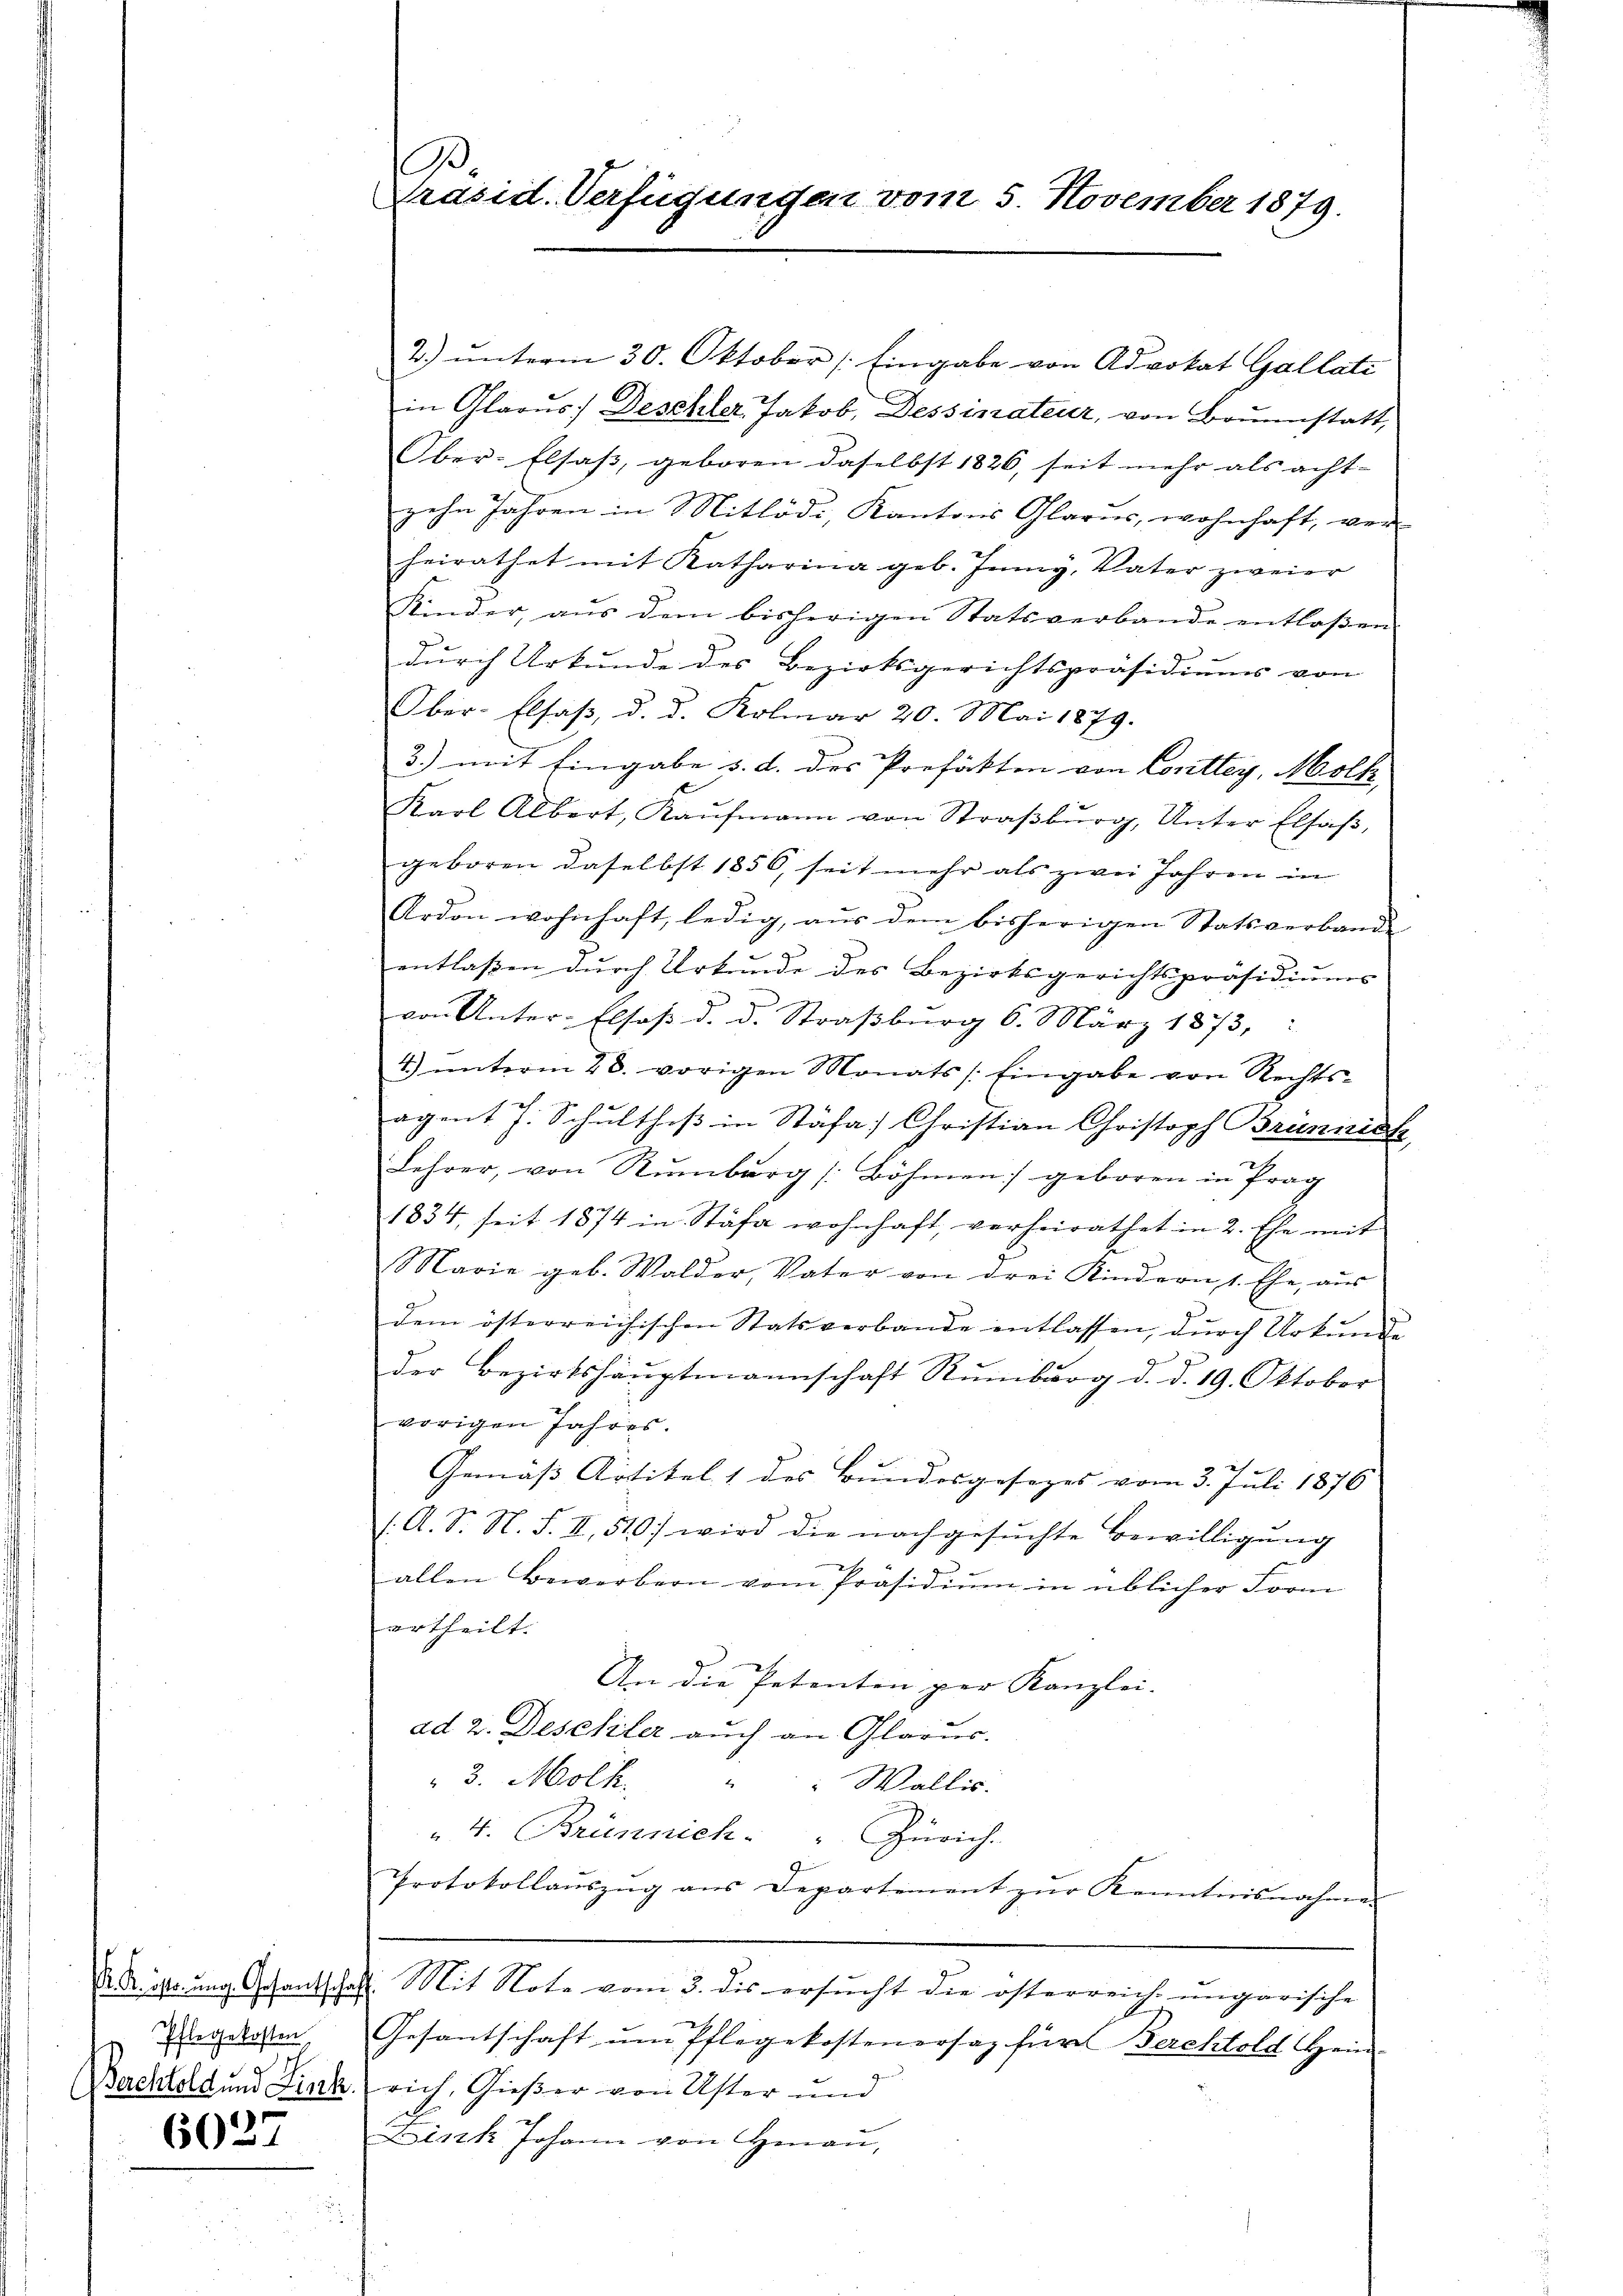
Pflegekosten
Bachtold und Lieck.

6027

B
Präsid. Verfügungen vom 5. November 1879.

2.) unterm 30. Oktober (Eingabe von Advokat Gallati
in Glarus: Deschler, Jakob, Dessinateur, von Brunnstatt,
Ober-Elsaβ, geboren daselbst 1826, seit mehr als acht-
gehn Jahren in Mitlödi, Kantons Glarus, wohnhaft, ver
heirathet mit Katharina geb. Juny, Vater zweier
Kinder, aŭs dem bisherigen Statsverbande entlaßen
durch Urkunde des Bezirksgerichtspräsidiums von
Ober-Elsaß, d. d. Kolmar 20. Mai 1879.
3.) mit Eingabe d. d. des Profesten von Conttey, Molk,
Karl Albert, Kaŭfmann von Straβbŭrg, Unter Elsaβ,
geboren daselbst 1856, seit mehr als zwei Jahren in
Ardon wohnhaft, ledig, aŭs dem bisherigen Statsverbande
entlassen durch Urkunde des Bezirksgerichtspräsidiums
von Unter-Elsaß d. d. Straßburg 6. März 1873,
4.) ŭnterm 28. vorigen Monats /: Eingabe von Rechts-
agent J. Schultheß in Stäfa) Christian Christoph Brunneck
Lehrer, von Rŭmberg (Böhmen geboren in Prag
1834, seit 1874 in Stäfa wohnhaft, verheirathet in 2. Ehe mit
Marie geb. Walder, Vater von drei Kindern, 1. Ehe, aus
dem österreichischen Statsverbande entlassen, dŭrch Urkunde
der Bezirkshauptmannschaft Rumburg d. d. 19. Oktober
vorigen Jahres.
Gemäß Artitel 1 des Bundesgesezes vom 3. Juli 1876
(. A. S. N. F. II, 510) wird die nachgesŭchte Bewilligŭng
allen Bewerbern vom Präsidium in üblicher Form
ertheilt.
An die Petenten per Kanzlei- |
ad 2. Deschler auch an Glarus.
3. Molh. " " Wallis.
" 4. Brünnich. " Zürich.
Protokollaŭszŭg ans Departement zŭr Kenntnisnahme
A. 1. ung. Gesantschaft. Mit Note vom 3. dis ersucht die österreich ungarische
Gesantschaft um Pflegekostenersaz für Berchtold Hein
rich, Gießer von Uster und
Link Johann von Hinau,